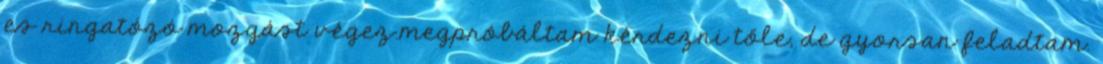
es ringatózó mozgást végez.megpróbáltam kérdezni tőle, de gyorsan feladtam.